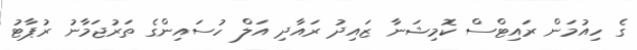
ގެ ހިއުމަން ރައިޓްސް ކޮމިޝަނާ ޒައިދު ރައާދި އަލް ހުސައިންގެ ތަރުޖަމާނު ރުޕާޓު